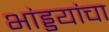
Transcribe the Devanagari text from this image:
भांड्डयांचा